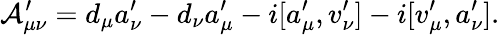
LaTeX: {\cal A}_{\mu\nu}^{\prime}=d_{\mu}a_{\nu}^{\prime}-d_{\nu}a_{\mu}^{\prime}-i[a_{\mu}^{\prime},v_{\nu}^{\prime}]-i[v_{\mu}^{\prime},a_{\nu}^{\prime}].